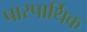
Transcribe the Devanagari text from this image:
पारपार्थिक